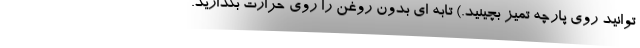
توانید روی پارچه تمیز بچینید.) تابه ای بدون روغن را روی حرارت بگذارید.